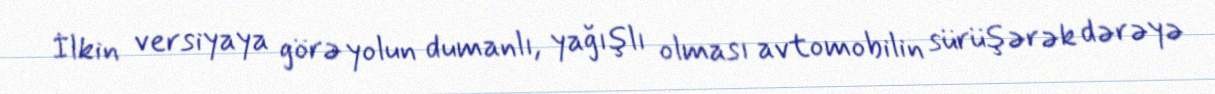
İlkin versiyaya görə yolun dumanlı, yağışlı olması avtomobilin sürüşərək dərəyə